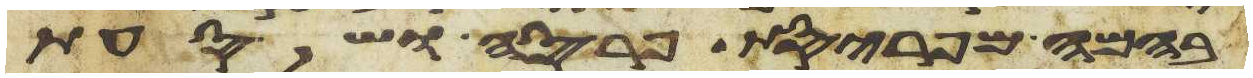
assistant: בהמה מפריסת פרסה ושסעת